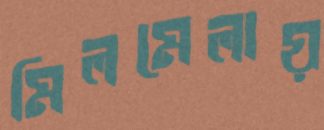
মিলমেলায়